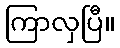
ကြာလှပြီ။